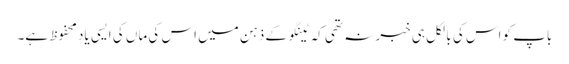
باپ کو اس کی بالکل ہی خبر نہ تھی کہ ٹینگو کے ذہن میں اس کی ماں کی ایسی یاد محفوظ ہے۔